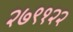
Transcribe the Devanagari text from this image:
२७९१२२